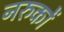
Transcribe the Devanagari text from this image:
नरुकों